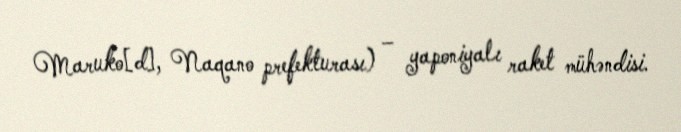
Maruko[d], Naqano prefekturası) – yaponiyalı raket mühəndisi.